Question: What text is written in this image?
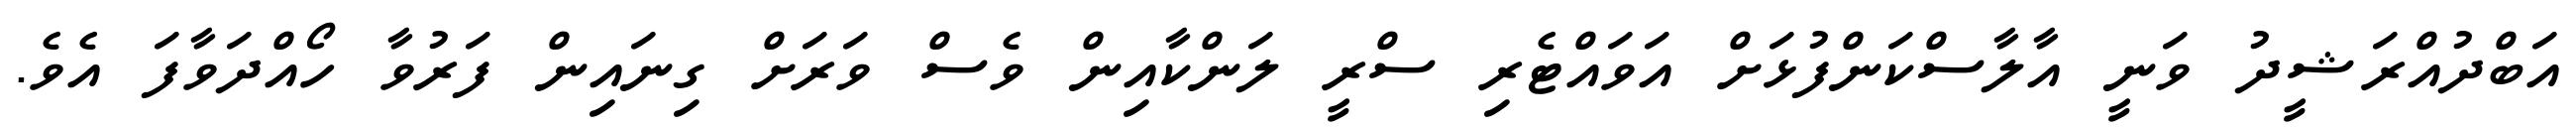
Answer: އަބްދުއްރަޝީދު ވަނީ އާލާސްކަންފުޅަށް އަވައްޓެރި ސްރީ ލަންކާއިން ވެސް ވަރަށް ގިނައިން ފަރުވާ ހޯއްދަވާފަ އެވެ.